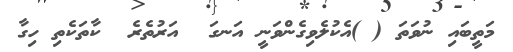
މަތީބައި ނުވަތަ ( )އެކުލެވިގެންވަނީ އަނގަ  އަރުތެރެ  ކާތަކެތި ހިގާ